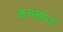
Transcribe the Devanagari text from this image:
कचखाऊ